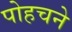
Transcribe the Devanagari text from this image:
पोहचने